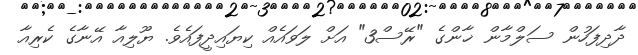
ދާދިފަހުން ސަލްމާން ޚާންގެ "ރޭސް3" އަށް ލަވައެއް ކިޔައިދީފައެވެ. ޔޫލިއާ އޭނާގެ ކެރިއާ